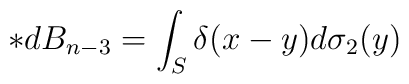
\ast dB_{n-3}=\int_{S}\delta (x-y)d\sigma _{2}(y)